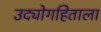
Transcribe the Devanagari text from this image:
उद्योगहिताला